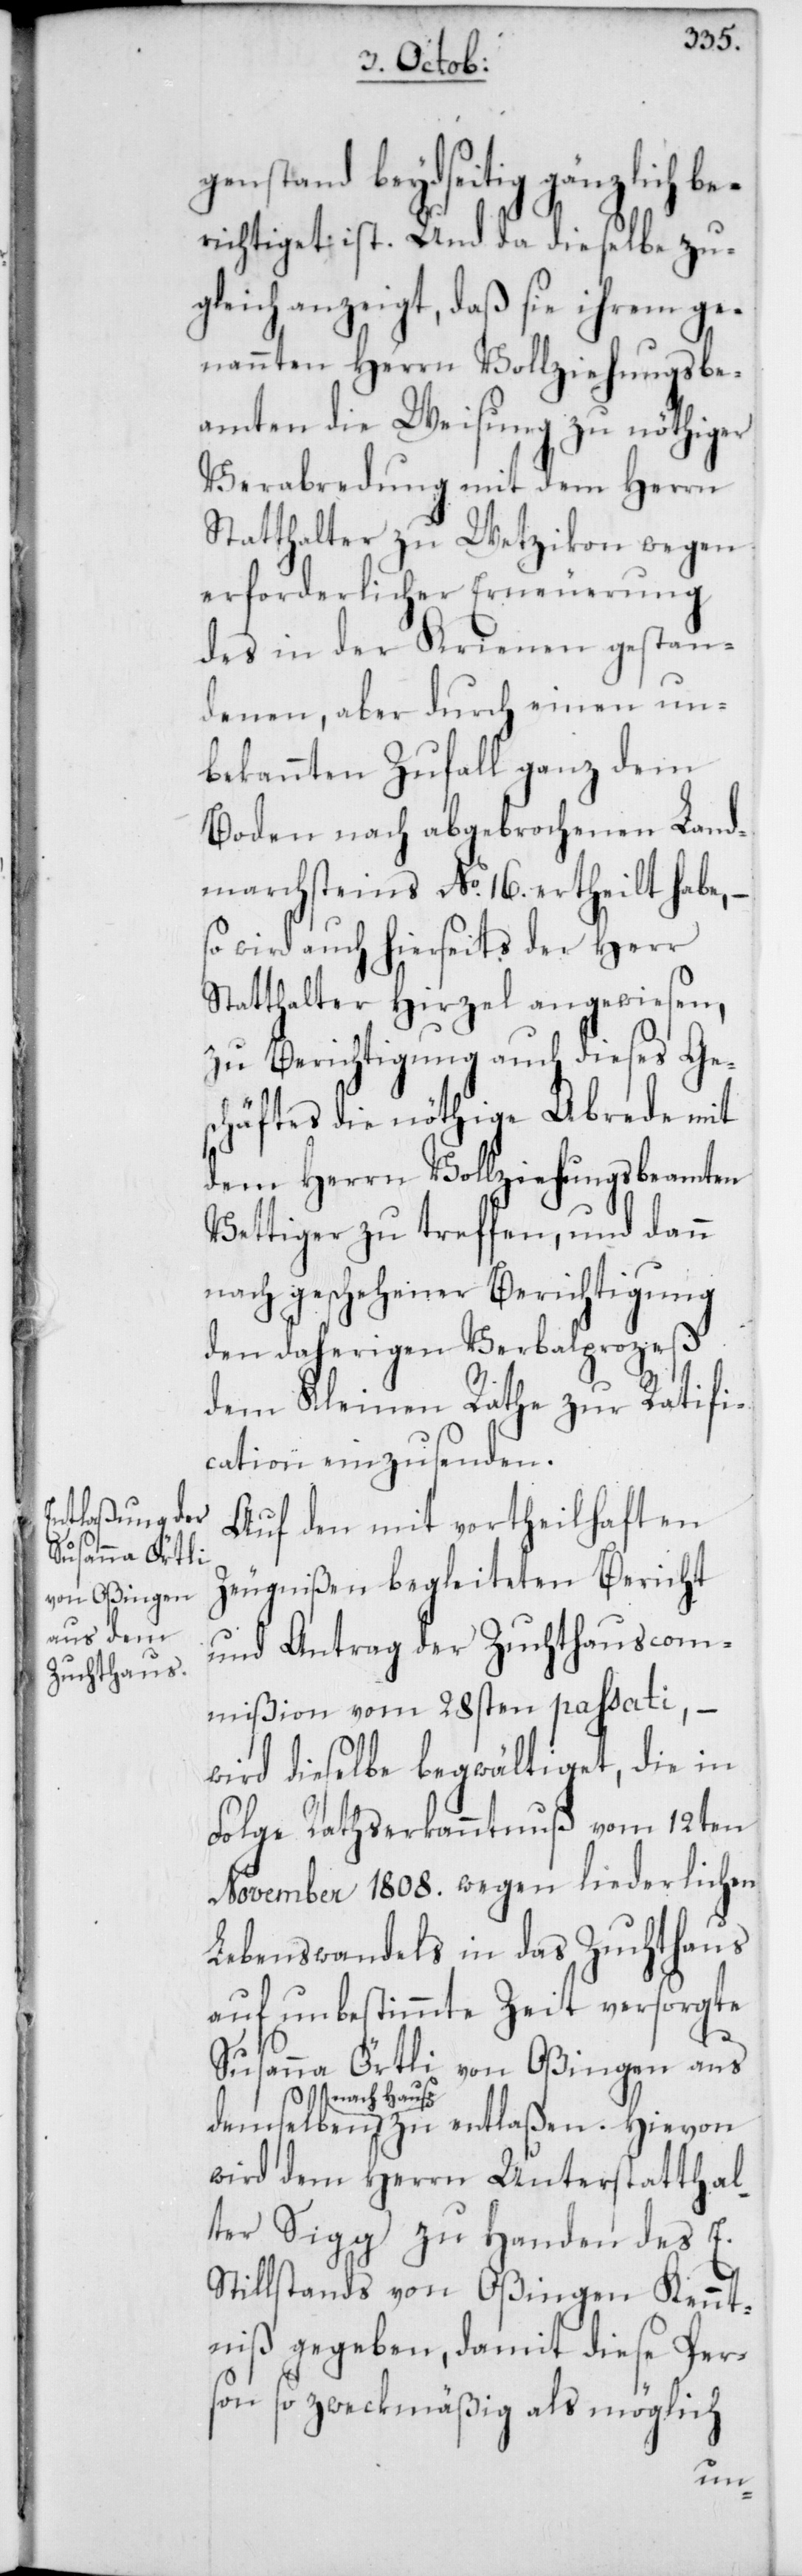
Susanna Örtli
von Oßingen
aus dem¬

genstand beydseitig gänzlich be¬
richtiget ist. Und da dieselbe zu¬
gleich anzeigt, daß sie ihrem ge¬
nannten Herrn Vollziehungsbe¬
amten die Weisung zu nöthiger
Verabredung mit dem Herrn
Statthalter zu Wetzikon wegen
erforderlicher Erneuerung
des in der Krienen gestan¬
denen, aber durch einen un¬
bekannten Zufall ganz dem
Boden nach abgebrochenen Land¬
marchsteins No. 16. ertheilt habe,
so wird auch hierseits der Herr
Statthalter Hirzel angewiesen,
zu Berichtigung auch dieses Ge¬
schäftes die nöthige Abrede mit
dem Herrn Vollziehungsbeamten
Vettiger zu treffen, und dann
nach geschehener Berichtigung
den daherigen Verbalprozeß
dem Kleinen Rathe zur Ratifi¬
cation einzusenden.
Auf den mit vortheilhaften
Zeugnißen begleiteten Bericht
und Antrag der Zuchthauscom¬
mißion vom 28sten passati, –
wird dieselbe begwältiget, die in
Folge Rathserkanntnuß vom 12ten
November 1808. wegen liederlichem
Lebenswandels in das Zuchthaus
auf unbestimmte Zeit versorgte
selben nach Haus
wird dem Herrn Unterstatthal¬
ter Sigg zu Handen des E.
Stillstands von Oßingen Kennt¬
niß gegeben, damit diese Per¬
son so zweckmäßig als möglich